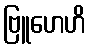
ဗြူဟေဟိ